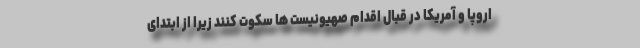
اروپا و آمریکا در قبال اقدام صهیونیست ها سکوت کنند زیرا از ابتدای